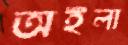
অইলা